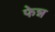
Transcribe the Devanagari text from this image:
फेन्न